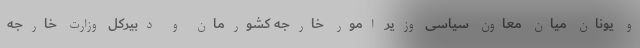
و یونان میان معاون سیاسی وزیر امور خارجه کشورمان و دبیرکل وزارت خارجه